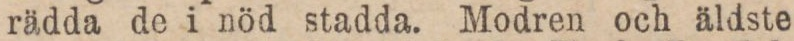
rädda de i nöd stadda. Modren och äldste